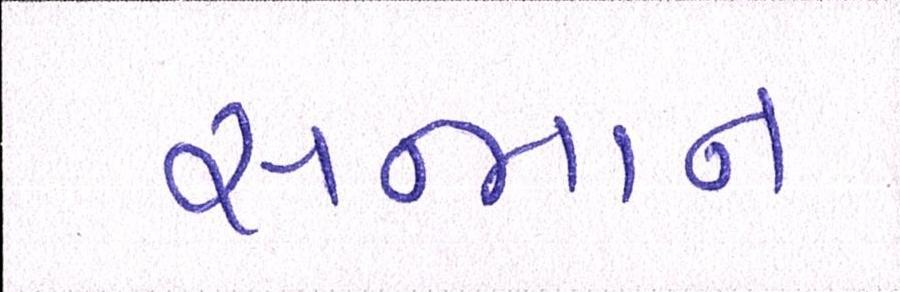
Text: સન્માન